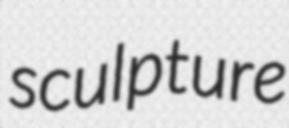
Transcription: sculpture